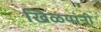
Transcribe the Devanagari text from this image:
खिळयांनी